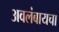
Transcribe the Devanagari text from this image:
अवलंबायचा